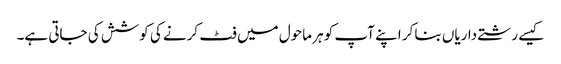
کیسے رشتے داریاں بنا کر اپنے آپ کو ہر ماحول میں فٹ کرنے کی کوشش کی جاتی ہے۔